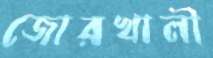
জোরখালী